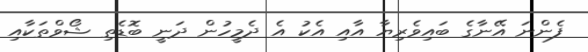
ފެންނަ އޭނާގެ ބައިވެރިޔާ އާއި އެކު އެ ދެމީހުން ދަނީ ބޮޑެތި ޝޯވްތަކާއި